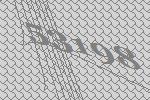
53198